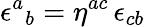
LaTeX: \epsilon^{a}{}_{b}=\eta^{ac}\, \epsilon_{cb}